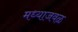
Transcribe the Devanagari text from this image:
मध्याजवळ